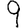
Digit: 9